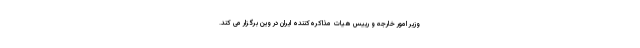
وزیر امور خارجه و رییس هیات مذاکره‌کننده ایران در وین برگزار می کند.